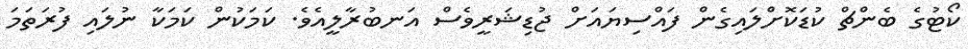
ކޯޓުގެ ބެންޗް ކުޑަކޮށްލައިގެން ފައްސިޔައަށް ޖުޑިޝަރީވެސް އަނބުރާލީއެވެ. ކަމަކުން ކަމަކާ ނުލައި ފުރަތަމަ